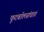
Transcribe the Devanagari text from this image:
फूटबॉलसंघात